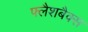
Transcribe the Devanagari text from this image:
फ्लैशबैक्स